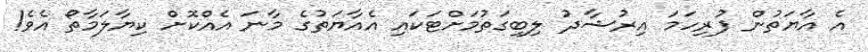
އެ އާޔަތުން ފުރިހަމަ އިރުޝާދު ލިބިގަތުމަށްޓަކައި އެއާޔަތުގެ މާނަ އެއްކޮށް ކިޔާލަމާތޯ އެވެ!